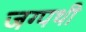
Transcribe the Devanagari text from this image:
जग्पथी